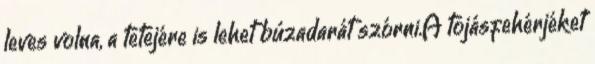
leves volna, a tetejére is lehet búzadarát szórni.A tojásfehérjéket